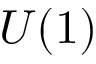
U ( 1 )